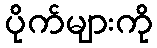
ပိုက်များကို